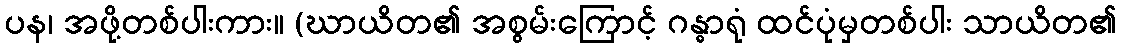
ပန၊ အဖို့တစ်ပါးကား။ (ဃာယိတ၏ အစွမ်းကြောင့် ဂန္ဓာရုံ ထင်ပုံမှတစ်ပါး သာယိတ၏